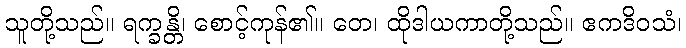
သူတို့သည်။ ရက္ခန္တိ၊ စောင့်ကုန်၏။ တေ၊ ထိုဒါယကာတို့သည်။ ဧကဒိဝသံ၊